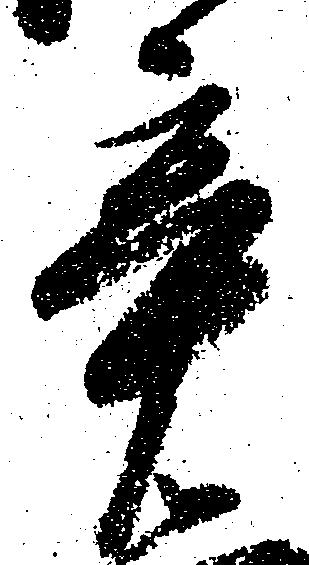
辛